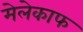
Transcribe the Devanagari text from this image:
मेलेकाफ